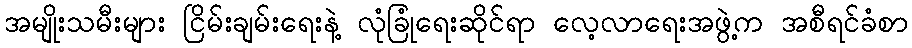
အမျိုးသမီးများ ငြိမ်းချမ်းရေးနဲ့ လုံခြုံရေးဆိုင်ရာ လေ့လာရေးအဖွဲ့က အစီရင်ခံစာ